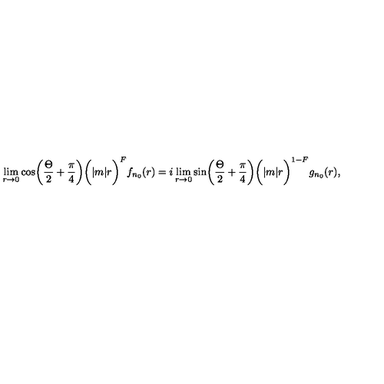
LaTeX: \lim _ { r \to 0 } \cos \biggl ( { \frac { \Theta } { 2 } } + { \frac { \pi } { 4 } } \biggr ) \biggl ( | m | r \biggr ) ^ { F } f _ { n _ { 0 } } ( r ) = i \lim _ { r \to 0 } \sin \biggl ( { \frac { \Theta } { 2 } } + { \frac { \pi } { 4 } } \biggr ) \biggl ( | m | r \biggr ) ^ { 1 - F } g _ { n _ { 0 } } ( r ) ,